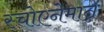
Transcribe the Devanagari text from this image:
स्चोएनेमान्न